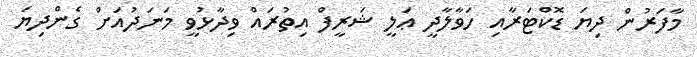
މާފަރުން ދިޔަ ޑޮކްޓަރާއި ހަވާލާދީ ޢަލީ ޝަރީފް އިތުރައް ވިދާޅުވީ މަނަދުއަށް ގެންދިޔަ